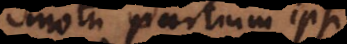
motu partium ipsi